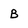
Character: B